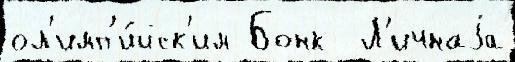
ол'имп'и́йск'им Бонк  Л'ичнаjа